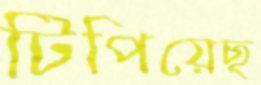
টিপিয়েছ